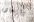
والسادة